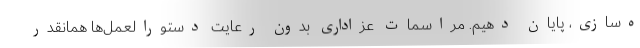
ه‌سازی‌، پایان دهیم. مراسمات عزاداری بدون رعایت دستورالعمل‌ها همانقدر